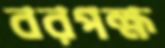
বরপক্ষ